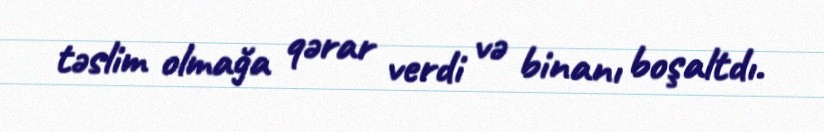
təslim olmağa qərar verdi və binanı boşaltdı.